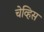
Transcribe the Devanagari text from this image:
चेव्हिस